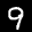
Label: 9